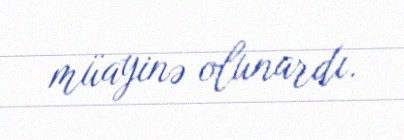
müayinə olunardı.